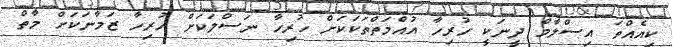
ކިއެއްތަ އިސްލާމް ދީނަކީ ހުރިހާ އުއްމަތްތަކަކަށް ހުރިހާ ނަސްލަކަށް ހުރިހާ ޒަމާނަކަށް މާތް